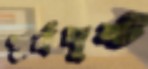
পূর্বদৃষ্ট